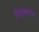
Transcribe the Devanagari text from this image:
पिन्कलोन